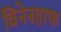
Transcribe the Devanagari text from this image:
विनेनहाफ